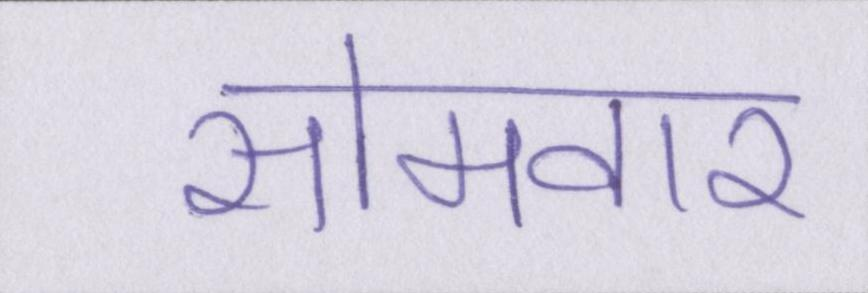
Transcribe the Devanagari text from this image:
सोमवार